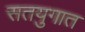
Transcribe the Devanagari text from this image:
सतयुगात